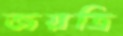
জয়ত্রি